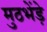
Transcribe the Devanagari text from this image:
मुठभेंड़े